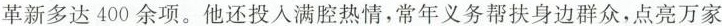
革新多达400余项。他还投入满腔热情，常年义务帮扶身边群众，点亮万家